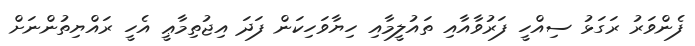
ފެންވަރު ރަގަޅު ސިއްހީ ފަރުވާއާއި ތައުލީމާއި ހިޔާވަހިކަން ފަދަ އިޖުތިމާޢީ އެހީ ރައްޔިތުންނަށް